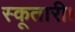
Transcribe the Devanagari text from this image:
स्कूतारी।